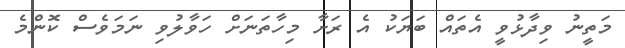
މަތީނު ވިދާޅުވީ އެތައް ބަޔަކު އެ ރަށާ މިހާތަނަށް ހަވާލުވި ނަމަވެސް ކޮންމެ